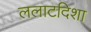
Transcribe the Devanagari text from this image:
ललाटदिशा